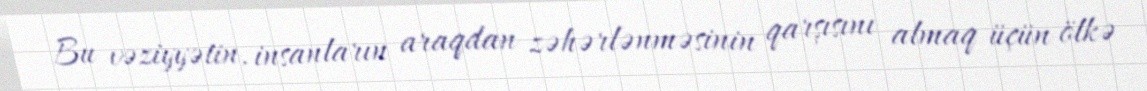
Bu vəziyyətin, insanların araqdan zəhərlənməsinin qarşısını almaq üçün ölkə